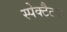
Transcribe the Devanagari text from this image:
स्पेक्टैटर